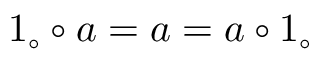
1 _ { \circ } \circ a = a = a \circ 1 _ { \circ }